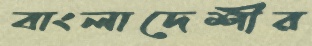
বাংলাদেশীর